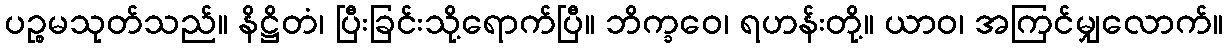
ပဉ္စမသုတ်သည်။ နိဋ္ဌိတံ၊ ပြီးခြင်းသို့ရောက်ပြီ။ ဘိက္ခဝေ၊ ရဟန်းတို့။ ယာဝ၊ အကြင်မျှလောက်။